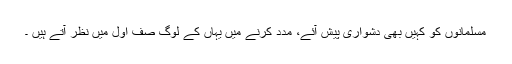
مسلمانوں کو کہیں بھی دشواری پیش آئے، مدد کرنے میں یہاں کے لوگ صف اول میں نظر آتے ہیں ۔